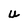
Character: U